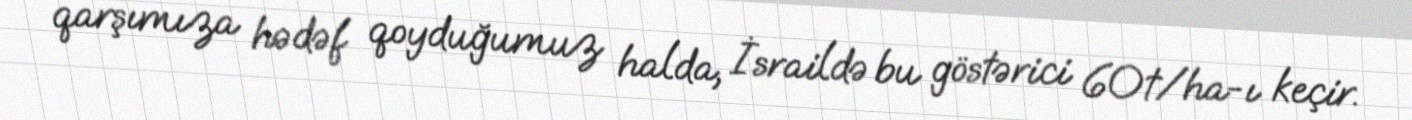
qarşımıza hədəf qoyduğumuz halda, İsraildə bu göstərici 60t/ha-ı keçir.